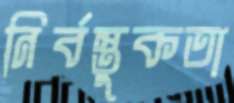
নির্বস্তুকতা